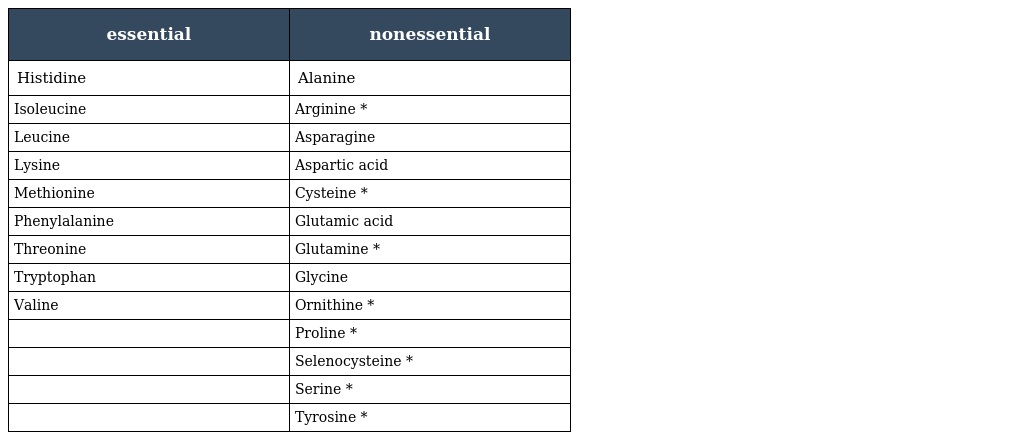
| essential | nonessential |
 | --- | --- |
 | Histidine | Alanine |
 | Isoleucine | Arginine * |
 | Leucine | Asparagine |
 | Lysine | Aspartic acid |
 | Methionine | Cysteine * |
 | Phenylalanine | Glutamic acid |
 | Threonine | Glutamine * |
 | Tryptophan | Glycine |
 | Valine | Ornithine * |
 |  | Proline * |
 |  | Selenocysteine * |
 |  | Serine * |
 |  | Tyrosine * |